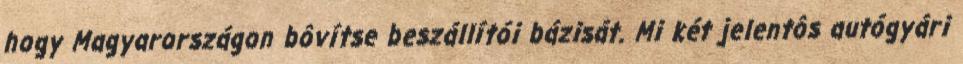
hogy Magyarországon bôvítse beszállítói bázisát. Mi két jelentôs autógyári